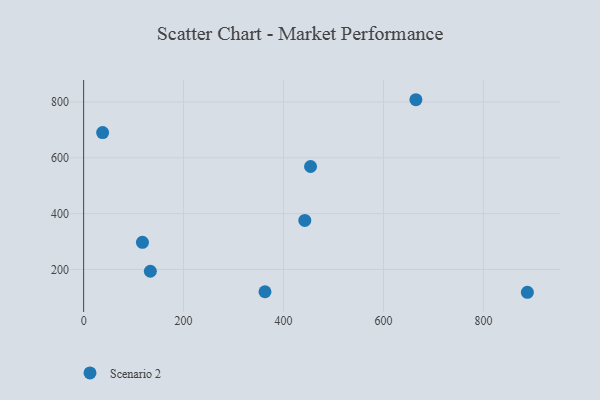
{"axis": {"x": "Ad Spend", "y": "Profit"}, "legend": ["Scenario 2"], "data": [{"x": "664.9", "y": 808.1, "type": "Scenario 2"}, {"x": "442.6", "y": 375.7, "type": "Scenario 2"}, {"x": "133.5", "y": 193.5, "type": "Scenario 2"}, {"x": "362.9", "y": 120.1, "type": "Scenario 2"}, {"x": "117.7", "y": 297.1, "type": "Scenario 2"}, {"x": "38.0", "y": 690.3, "type": "Scenario 2"}, {"x": "454.1", "y": 568.8, "type": "Scenario 2"}, {"x": "888.0", "y": 118.2, "type": "Scenario 2"}]}